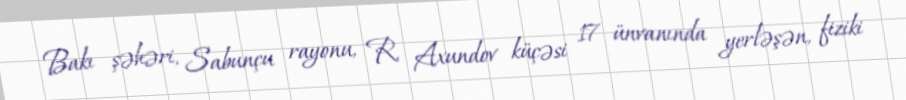
Bakı şəhəri, Sabunçu rayonu, R. Axundov küçəsi 17 ünvanında yerləşən, fiziki